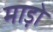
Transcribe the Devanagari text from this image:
माड़ो